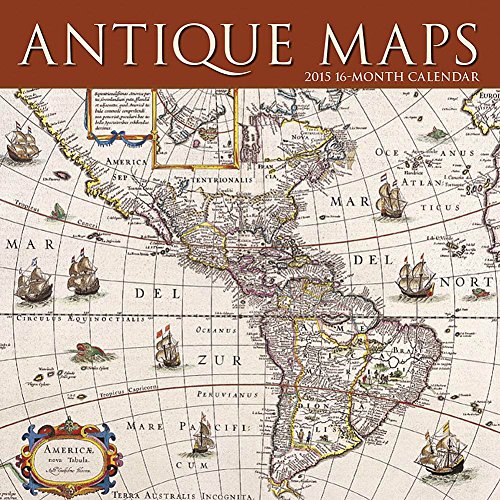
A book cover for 2015 Antique Maps Wall Calendar Calendar Ink; Calendars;